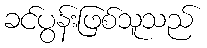
ခင်ပွန်းဖြစ်သူသည်